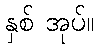
နှစ် အုပ်။